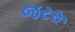
જરરૂ